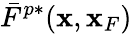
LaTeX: \bar{F}^{p*}({\mathbf x},{\mathbf x}_{F})